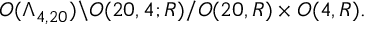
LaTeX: O ( \Lambda _ { 4 , 2 0 } ) \backslash O ( 2 0 , 4 ; R ) / O ( 2 0 , R ) \times O ( 4 , R ) .